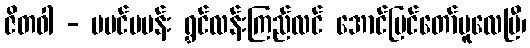
ဇိတဝါ - မပင်မပန်း ရွှင်လန်းကြည်လင် အောင်မြင်တော်မူလေပြီ၊